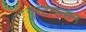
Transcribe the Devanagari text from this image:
गुस्टाफसन